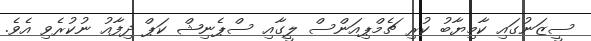
ސީޒަނުގައި ކާމިޔާބު ކުރި ޗެމްޕިއަންސް ލީގާއި ސްޕެނިޝް ކަޕް ދިފާއު ނުކުރެވި އެވެ.